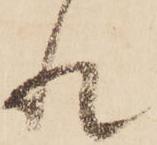
れ